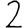
Digit: 2